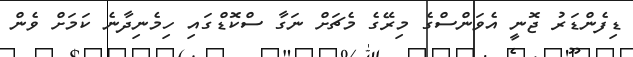
ޑިފެންޑަރު ޖޮނީ އެވަންސްގެ މިރޭގެ މެޗަށް ނަގާ ސްކޮޑްގައި ހިމެނިދާނެ ކަމަށް ވެން